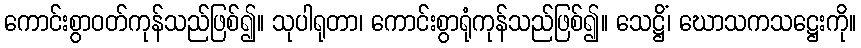
ကောင်းစွာဝတ်ကုန်သည်ဖြစ်၍။ သုပါရုတာ၊ ကောင်းစွာရုံကုန်သည်ဖြစ်၍။ သေဋ္ဌိံ၊ ဃောသကသဋ္ဌေးကို။